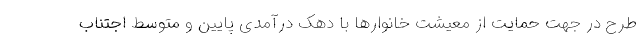
طرح در جهت حمایت از معیشت خانوارها با دهک درآمدی پایین و متوسط اجتناب